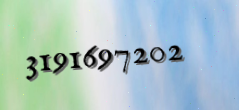
3191697202